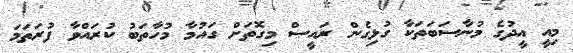
މިއީ އީދުގެ މުނާސަބަތަކާ ގުޅިގެން ރައީސް މިގޮތަށް ގައުމާ މުހާތަބު ކުރައްވާ ފުރަތަމަ